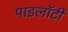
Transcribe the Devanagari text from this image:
पाइलॉटी